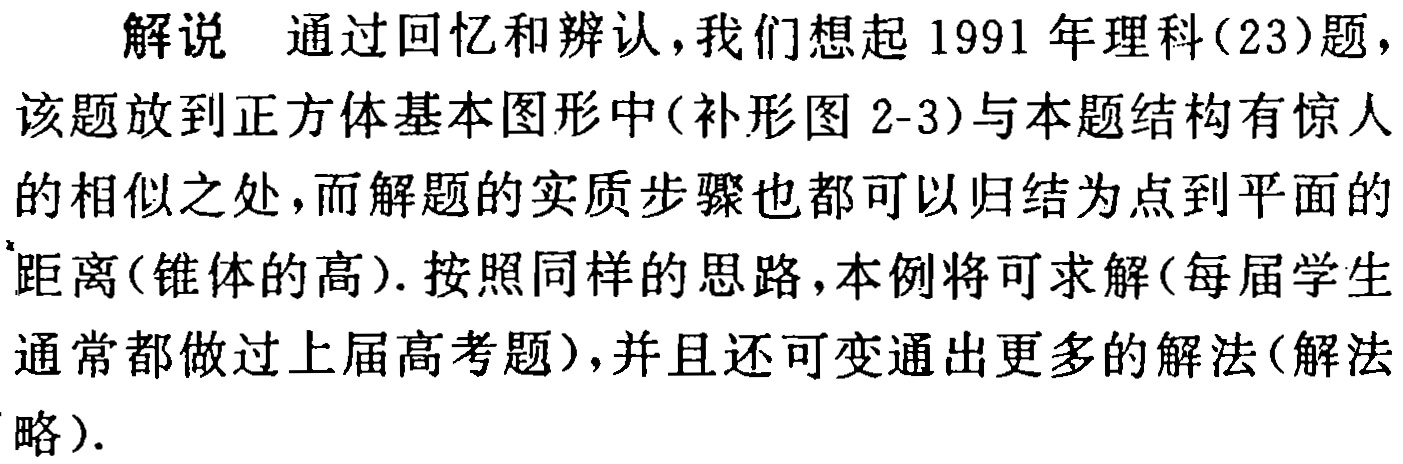
解说 通过回忆和辨认，我们想起1991年理科(23)题，该题放到正方体基本图形中(补形图2-3)与本题结构有惊人的相似之处，而解题的实质步骤也都可以归结为点到平面的距离(锥体的高). 按照同样的思路，本例将可求解(每届学生通常都做过上届高考题)，并且还可变通出更多的解法(解法略).